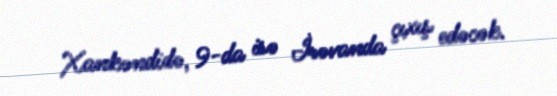
Xankəndidə, 9-da isə İrəvanda çıxış edəcək.